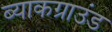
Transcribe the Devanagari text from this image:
ब्याकग्राउंड